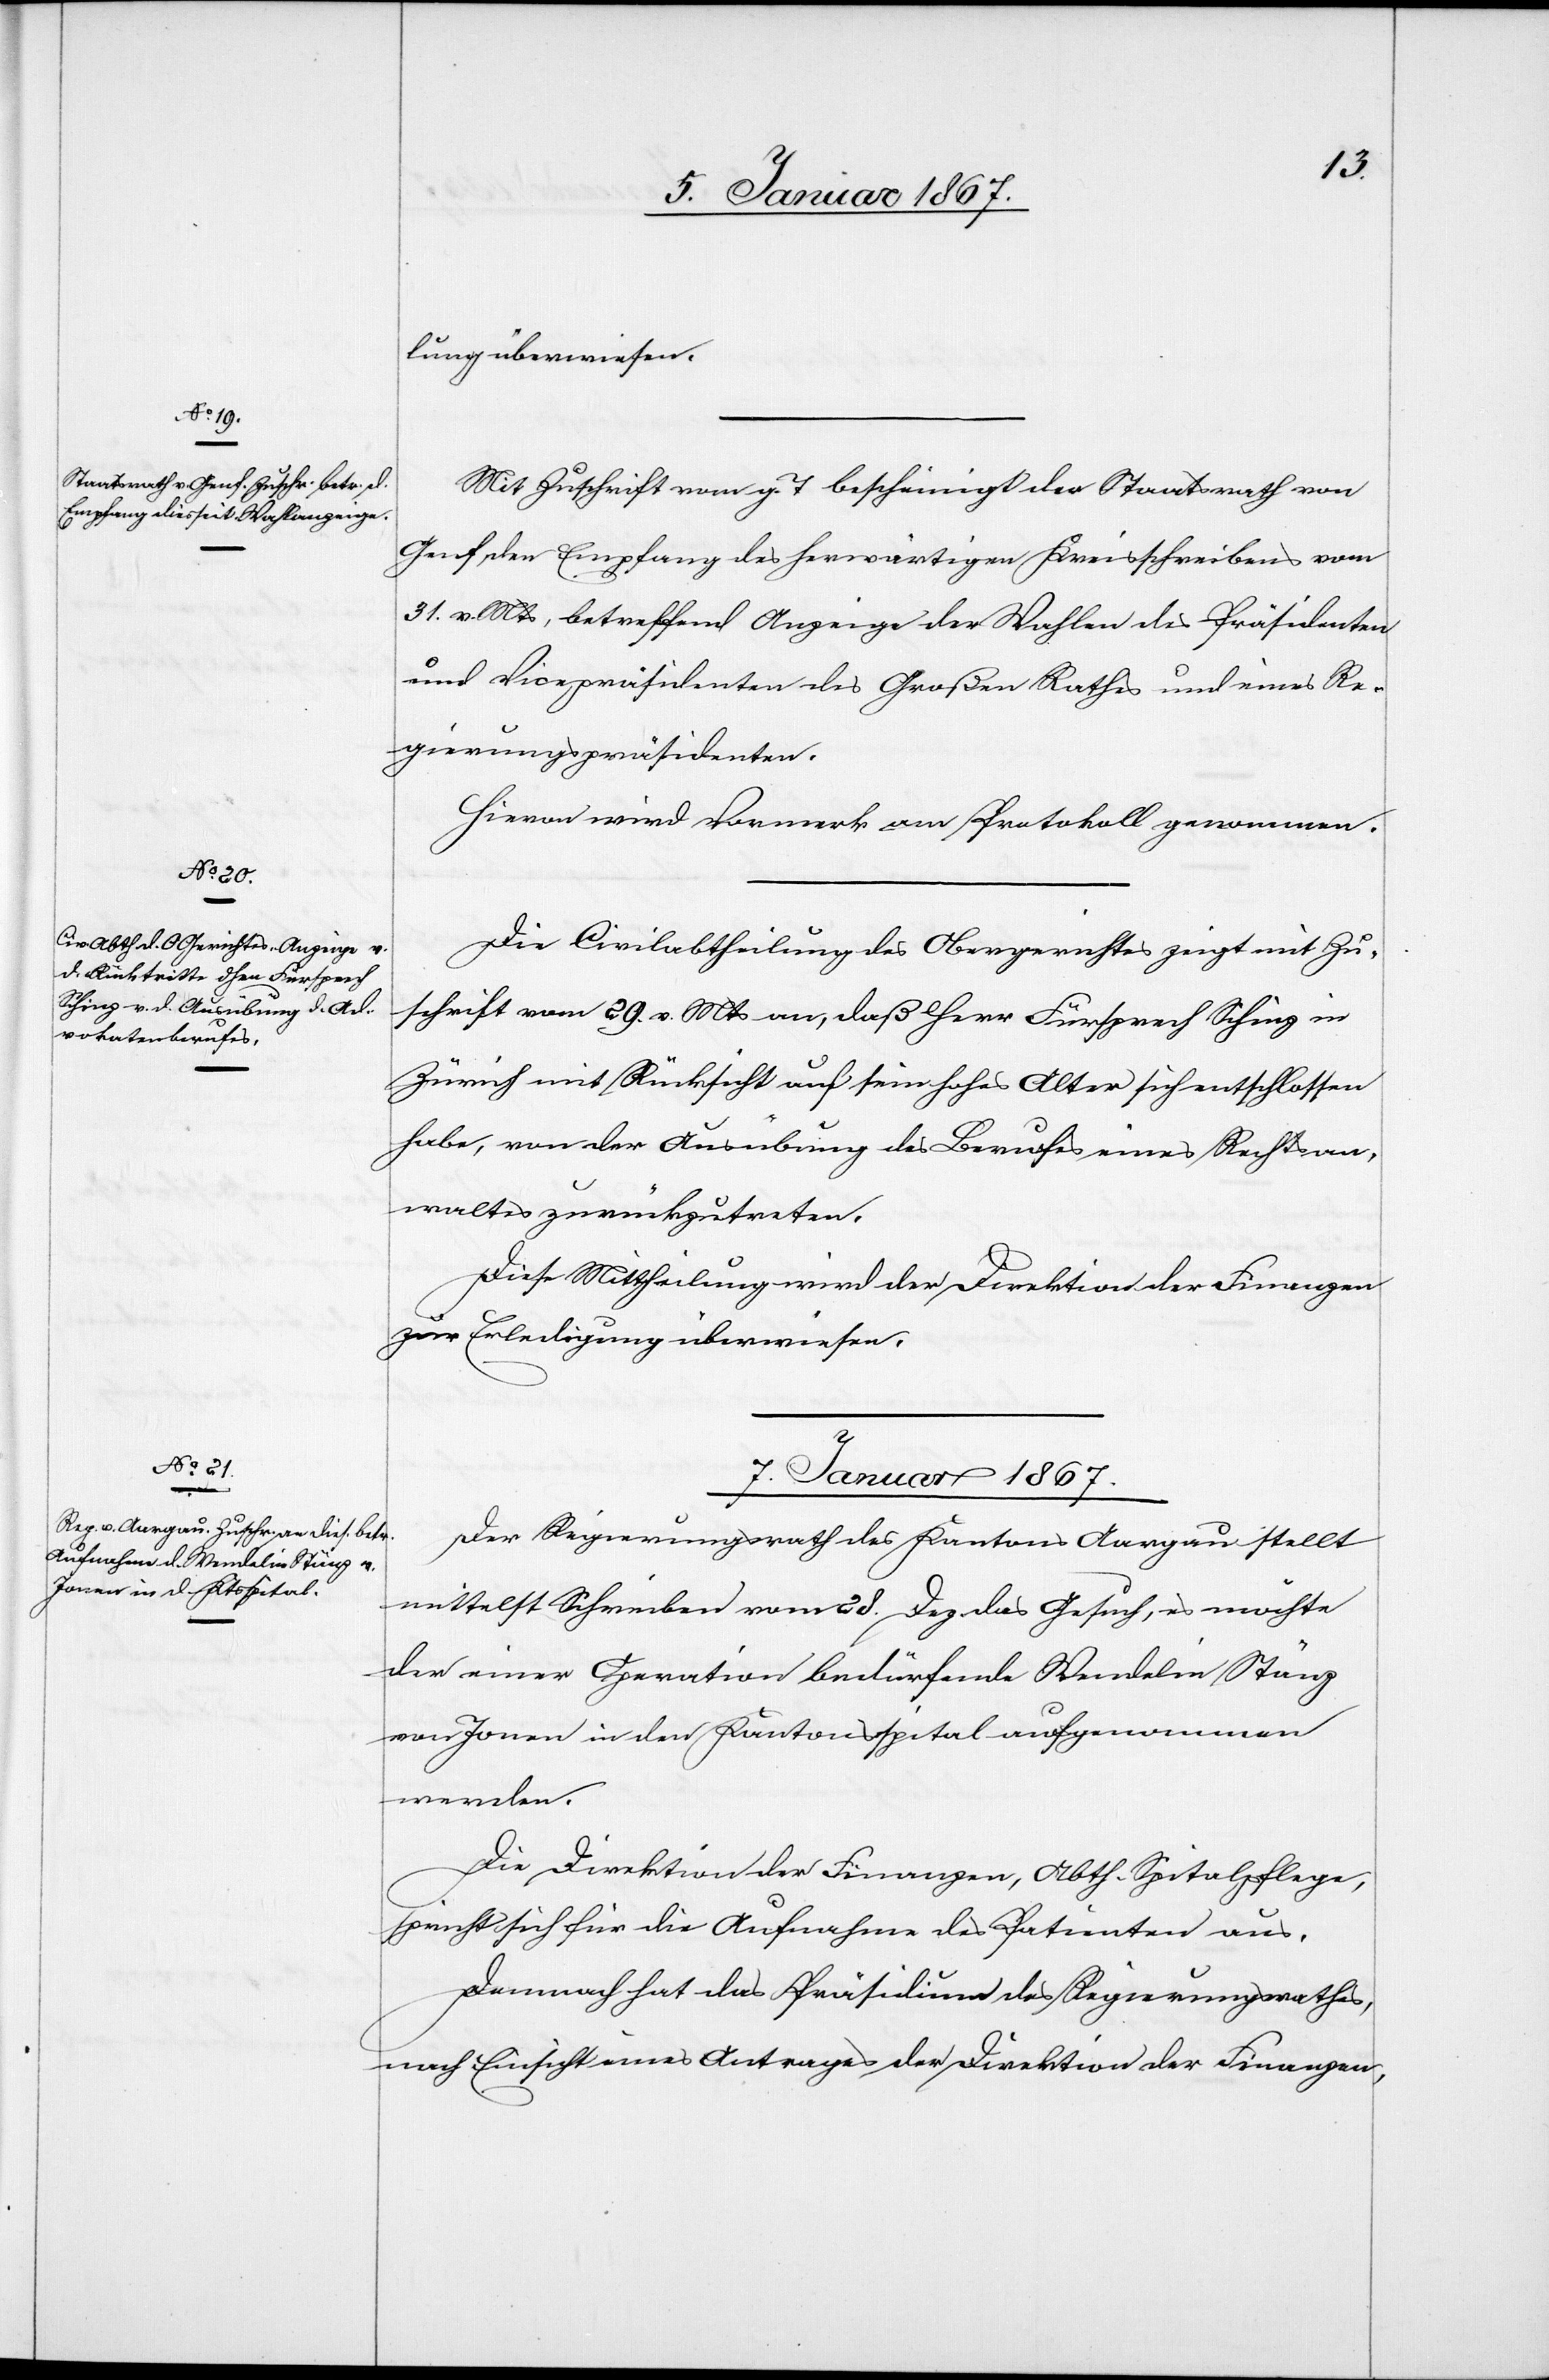
lung überwiesen.
Mit Zuschrift vom g. T bescheinigt der Staatsrath von
Genf den Empfang des herwärtigen Kreisschreibens vom
31. v. Mts, betreffend Anzeige der Wahlen des Präsidenten
und Vicepräsidenten des Großen Rathes und eines Re¬
gierungspräsidenten.
Hievon wird Vormerk am Protokoll genommen.
Die Civilabtheilung des Obergerichtes zeigt mit Zu¬
schrift vom 29. v. Mts an, daß Herr Fürsprech Schinz in
Zürich mit Rücksicht auf sein hohes Alter sich entschlossen
habe, von der Ausübung des Berufes eines Rechtsan¬
waltes zurückzutreten.
Diese Mittheilung wird der Direktion der Finanzen
zur Erledigung überwiesen.
7. Januar 1867.
Der Regierungsrath des Kantons Aargau stellt
mittelst Schreiben vom 28. Dez das Gesuch, es möchte
der einer Operation bedürfende Wendelin Stänz
von Jonen in den Kantonsspital aufgenommen
werden.
Die Direktion der Finanzen, Abth. Spitalpflege,
spricht sich für die Aufnahme des Patienten aus.
Demnach hat das Präsidium des Regierungsrathes,
nach Einsicht eines Antrages der Direktion der Finanzen,